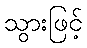
သွားဖြင့်